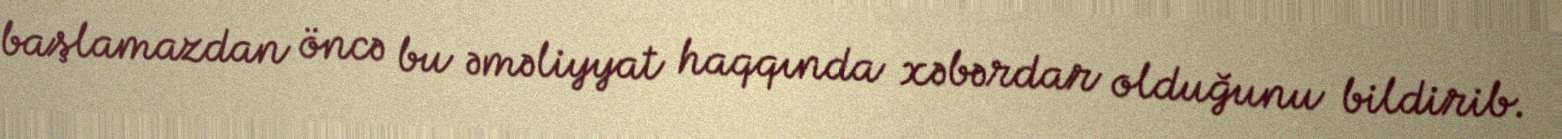
başlamazdan öncə bu əməliyyat haqqında xəbərdar olduğunu bildirib.